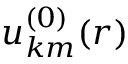
u _ { \boldsymbol { k } m } ^ { ( 0 ) } ( \boldsymbol { r } )